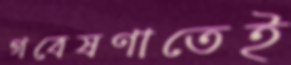
গবেষণাতেই